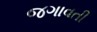
જગાવતી